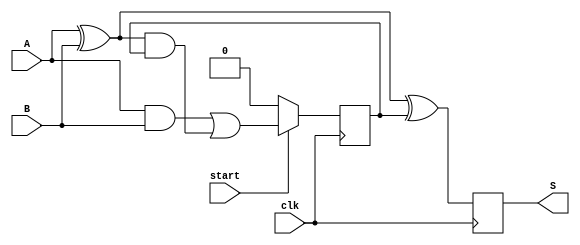
`timescale 1ns / 1ps
//////////////////////////////////////////////////////////////////////////////////
// Company: 
// Engineer: 
// 
// Design Name: 
// Module Name: add_sub
// Project Name: 
// Target Devices: 
// Tool Versions: 
// Description: 
// 
// Dependencies: 
// 
// Revision:
// Revision 0.01 - File Created
// Additional Comments:
// 
//////////////////////////////////////////////////////////////////////////////////


module add_sub(A,B, clk, S, start );

input A, B, clk, start ;
output reg S;
wire w1 , w2, w3, w4 , w5 ;
reg Cout = 0 ;
reg tmp  = 0 ;


assign w1 = A ^ B ;
assign w5 = w1 ^ Cout ;
assign w2 = A & B ;
assign w3 = w1 & Cout ;
assign w4 = w2 | w3 ;

always@(posedge clk )
begin
        Cout = w4 ;
        S = w5 ;
        tmp = start ;
        
        if(start == 0)
            Cout = 0 ;
end

endmodule